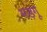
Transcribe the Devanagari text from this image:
मड़गू